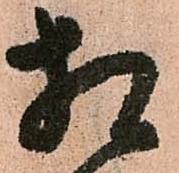
相